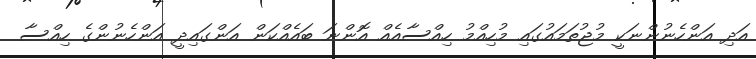
އަދި އަންހެނުންނަކީ މުޖުތަމައުގައި މުހިއްމު ހިއްސާއެއް އޮންނަ ބައެއްކަން އަންގައިދީ އަންހެނުންގެ ހިއްސާ